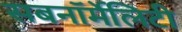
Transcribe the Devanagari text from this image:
सबनॉर्मेलिटी